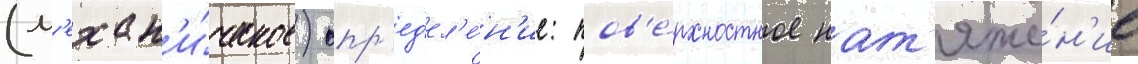
(м'ехан'и́ческое) опр'ед'ел'е́н'ие: пов'е́рхностное нат'яже́н'ие